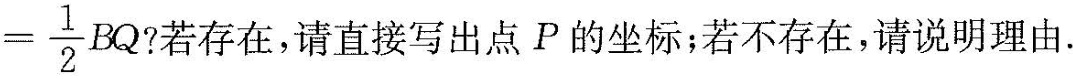
$$= \frac{1}{2}BQ$$ ?若存在，请直接写出点P的坐标；若不存在，请说明理由。图1图2图3